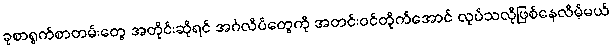
ခုစာရွက်စာတမ်းတွေ အတိုင်းဆိုရင် အင်္ဂလိပ်တွေကို အတင်းဝင်တိုက်အောင် လုပ်သလိုဖြစ်နေလိမ့်မယ်